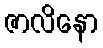
ဇာလိနော